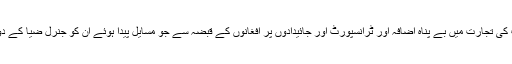
اسلحہ کی فراوانی، منشیات کی تجارت میں بے پناہ اضافہ اور ٹرانسپورٹ اور جائیدادوں پر افغانوں کے قبضہ سے جو مسایل پیدا ہوئے ان کو جنرل ضیا کے دور سے وابستہ کیا جاتاہے۔